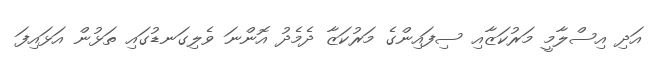
އަދި އިސްލާމީ މަރުކަޒާއި ސިފައިންގެ މަރުކަޒާ ދެމެދު އޮންނަ ވެލިގަނޑުގައި ތަޅުން އަޅައިފަ